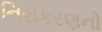
નિરાકરણનો